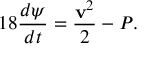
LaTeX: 1 8 { \frac { d \psi } { d t } } = { \frac { { \bf v } ^ { 2 } } { 2 } } - P .